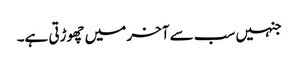
جنہیں سب سے آخر میں چھوڑتی ہے۔